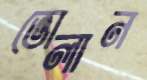
ভোলান